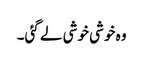
وہ خوشی خوشی لے گئی۔